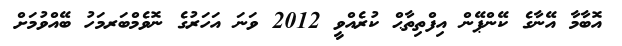
އޮބާމާ އޭނާގެ ކޭންޕޭން އިފްތިތާޙް ކުރެއްވީ 2012 ވަނަ އަހަރުގެ ނޮވެމްބަރމަހު ބޭއްވުމަށް